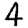
Digit: 4